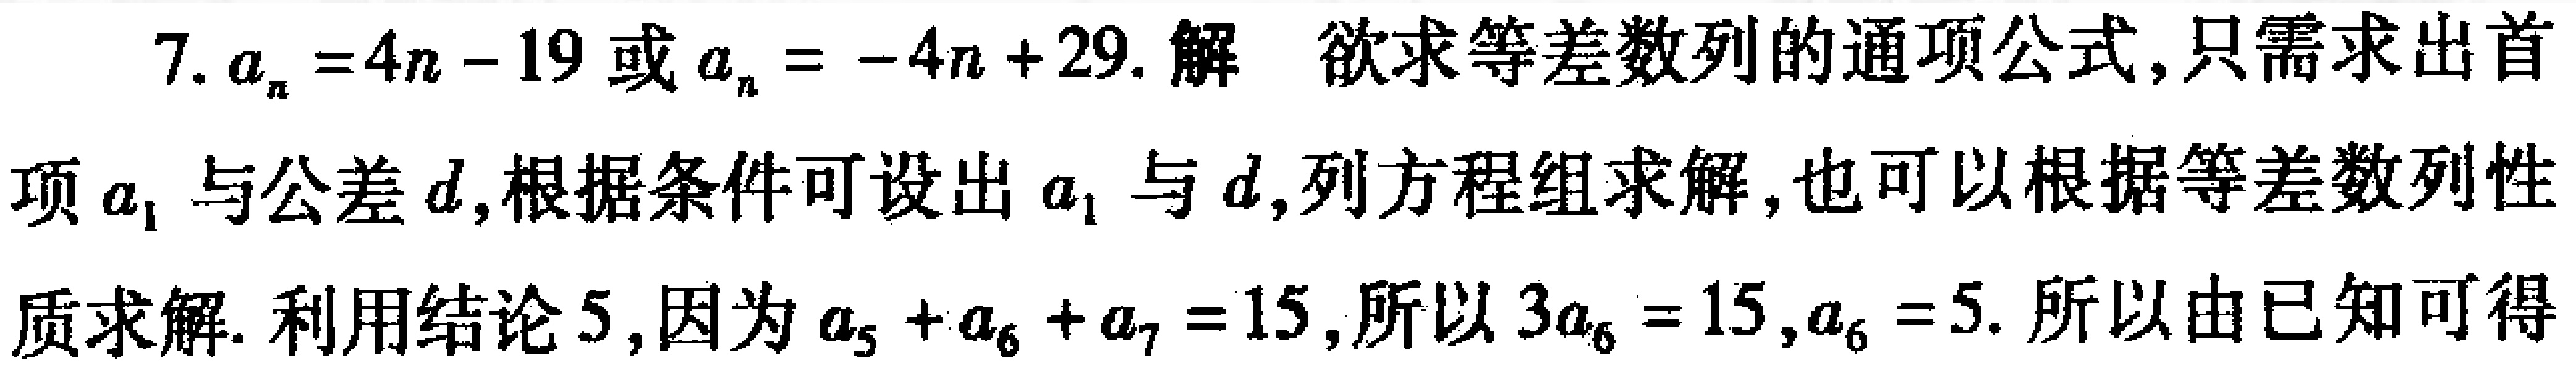
7. \(a_{n}=4n - 19\) 或 \(a_{n}=-4n + 29\). 解 欲求等差数列的通项公式,只需求出首项 \(a_{1}\) 与公差 \(d\),根据条件可设出 \(a_{1}\) 与 \(d\),列方程组求解,也可以根据等差数列性质求解. 利用结论 5,因为 \(a_{5}+a_{6}+a_{7}=15\),所以 \(3a_{6}=15\),\(a_{6}=5\). 所以由已知可得